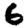
Digit: 6